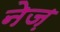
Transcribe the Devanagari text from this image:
नेज़